Civil Veterinary Dept. Bombay admin report 1923-31 - 1923-1931
Year: 1923
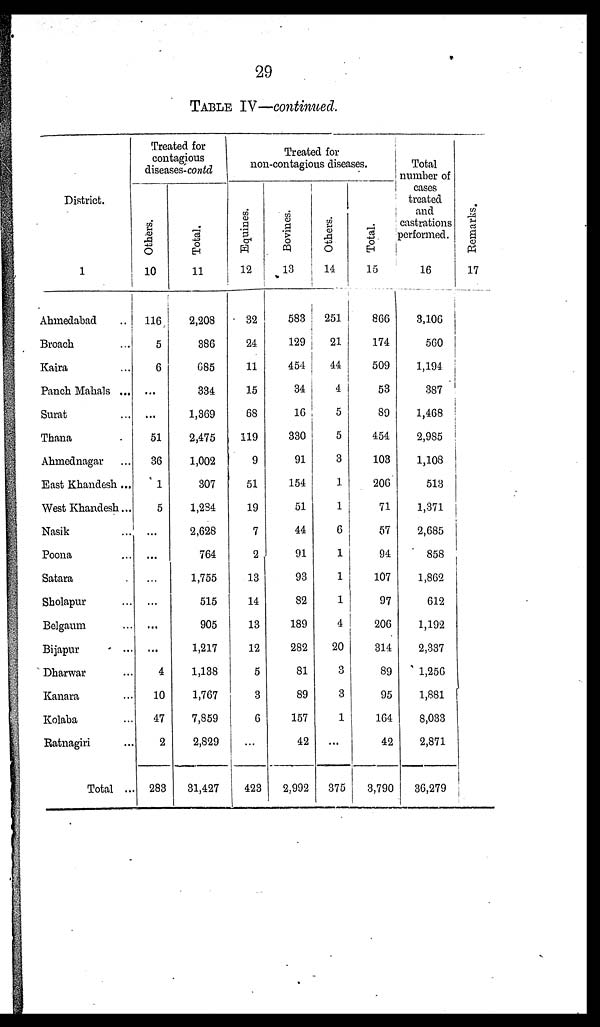
29
TABLE IV—continued.
District.
1
Ahmedabad ...
Broach
Kaira ...
Panch Mahals ...
Surat ...
Thana
Ahmednagar ...
East Khandesh ...
West Khandesh ...
Nasik ...
Poona ...
Satara ...
Sholapur ...
Belgaum ...
Bijapur ...
Dharwar ...
Kanara ...
Kolaba ...
Ratnagiri ...
Total ...
Treated for
contagious
diseases-contd
Others.
10
116
5
6
...
...
51
36
1
5
...
...
...
...
...
4
10
47
2
283
Total.
11
2,208
386
685
334
1,369
2,475
1,002
307
1,284
2,628
764
1,755
515
905
1,217
1,138
1,767
7,859
2,829
31,427
Treated for
non-contagious diseases.
Equines.
12
32
24
11
15
68
119
9
51
19
7
2
13
14
13
12
5
3
6
...
423
Bovines.
13
583
129
454
34
16
330
91
154
51
44
91
93
82
189
282
81
89
157
42
2,992
Others.
14
251
21
44
4
5
5
3
1
1
6
1
1
1
4
20
3
1
...
375
Total.
15
866
174
509
53
89
454
103
206
71
57
94
107
97
206
314
89
95
164
42
3,790
Total
number of
cases
treated
and
castrations
performed.
16
3,106
560
1,194
387
1,468
2,985
1,108
513
1,371
2,685
858
1,862
612
1,192
2,337
1,256
1,881
8,033
2,871
36,279
Re ma r
ks .
17